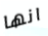
انها